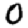
Digit: 0